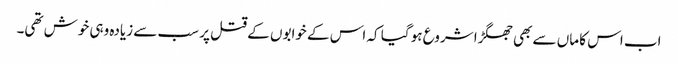
اب اس کا ماں سے بھی جھگڑا شروع ہو گیا کہ اس کے خوابوں کے قتل پر سب سے زیادہ وہی خوش تھی۔